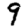
Digit: 9